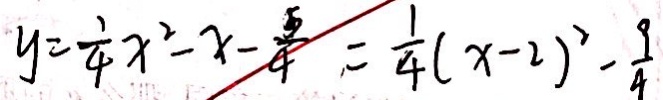
y = \frac { 1 } { 4 } x ^ { 2 } - x - \frac { 5 } { 4 } = \frac { 1 } { 4 } ( x - 2 ) ^ { 2 } - \frac { 9 } { 4 }